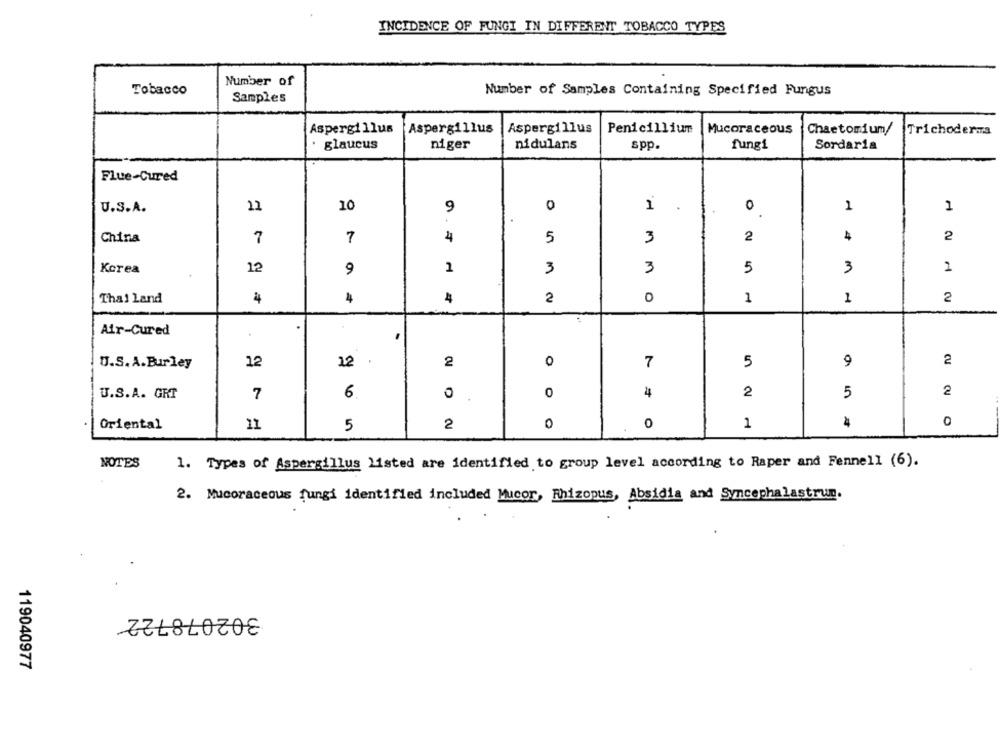
INCIDENCE OF FUNGI IN DIFFERENT TOBACCO TYPES
Number of
Tobacco
Number of Samples Containing Specified Fungus
Samples
Penicillium
Aspergillus
Aspergillus
Aspergillus
Mucoraceous
Chaetomium/
Trichoderma
glaucus
niger
nidulans
spp.
fungi
Sordaria
Flue-Cured
U.S.A.
12
10
9
0
1
0
1
1
China
7
7
4
5
3
2
4
2
Korea
12
9
3
3
5
3
2
Thai Land
4
4
4
2
0
1
1
2
Air-Cured
12
2
0
7
5
2
U.S.A.Burley
12
2
U.S.A. GRT
7
6
0
0
4
2
5
0
Oriental
11
5
2
0
0
1
4
NOTES
1. Types of Aspergillus listed are identified to group level according to Raper and Fennell (6).
2. Mucoraceous fungi identified included Mucor, Rhizopus, Absidia and Syncephalastrun.
302078722
119040977